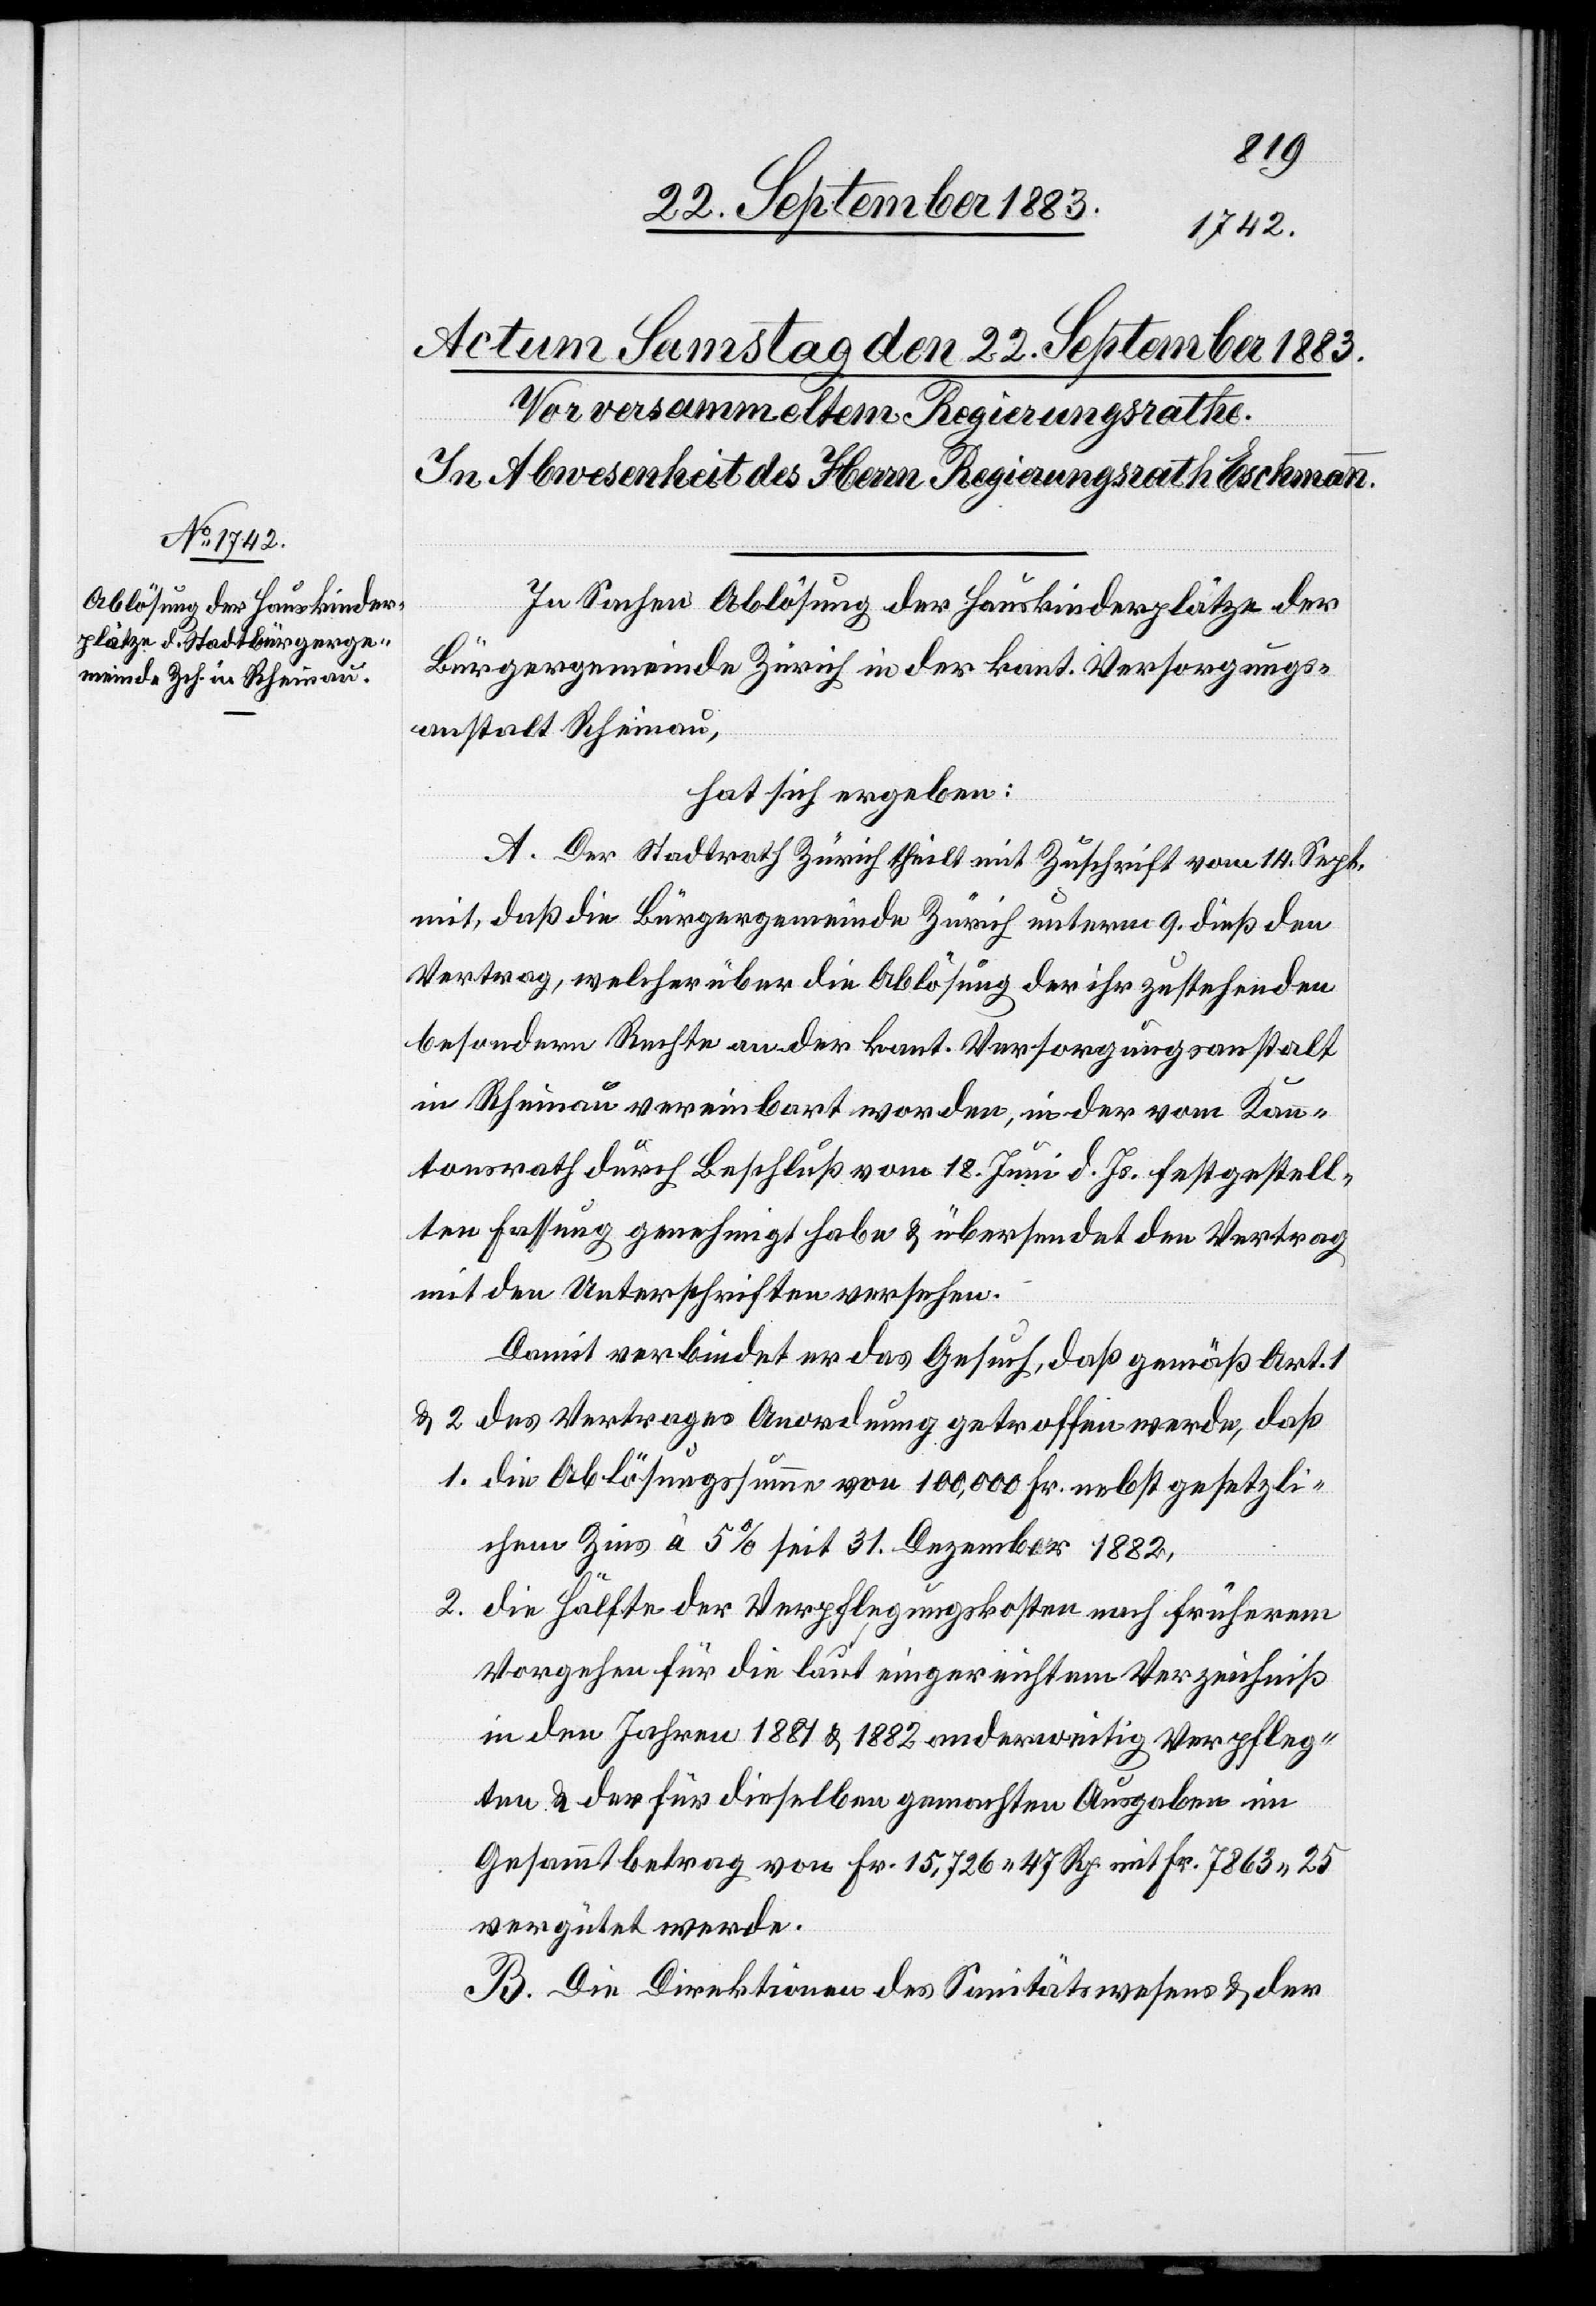
In Sachen Ablösung der Hauskinderplätze der
Bürgergemeinde Zürich in der kant. Versorgungs¬
anstalt Rheinau,
hat sich ergeben:
A. Der Stadtrath Zürich theilt mit Zuschrift vom 14. Sept.
mit, daß die Bürgergemeinde Zürich unterm 9. dieß den
Vertrag, welcher über die Ablösung der ihr zustehenden
besondern Rechte an der kant. Versorgungsanstalt
in Rheinau vereinbart worden in der vom Kan¬
tonsrath durch Beschluß vom 18. Juni d. Js. festgestell¬
ten Fassung genehmigt habe & übersendet den Vertrag
mit den Unterschriften versehen.
Damit verbindet er das Gesuch, daß gemäß Art. 1
& 2 des Vertrages Anordnung getroffen werde, daß
1. die Ablösungssumme von 100,000 Fr. nebst gesetzli¬
chem Zins à 5% seit 31. Dezember 1882,
2. die Hälfte der Verpflegungskosten nach früherem
Vorgehen für die laut eingereichtem Verzeichniß
in den Jahren 1881 & 1882 anderweitig Verpfleg¬
ten & der für dieselben gemachten Ausgaben im
Gesammtbetrag von Fr. 15,726 47 Rp. mit Fr. 7863 25
vergütet werde.
B. Die Direktionen der Sanitätswesens & der